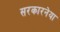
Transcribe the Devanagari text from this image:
सरकारनेया